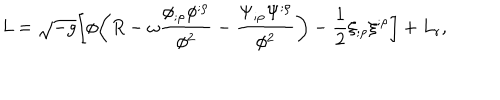
{ \it L } = \sqrt { - g } \biggl [ \phi \biggl ( R - \omega \frac { \phi _ { ; \rho } \phi ^ { ; \rho } } { \phi ^ { 2 } } - \frac { \Psi _ { ; \rho } \Psi ^ { ; \rho } } { \phi ^ { 2 } } \biggr ) - \frac { 1 } { 2 } \xi _ { ; \rho } \xi ^ { ; \rho } \biggr ] + L _ { \mathrm { r } } ,